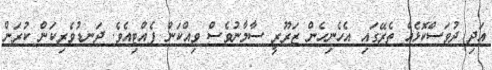
އަދި ދުވަސްކޮޅެއް ތެރޭގައި އެހެނިހެން ޒަރޫރީ ސާމާނުވެސް ވިއްކަން ފެއްޓިއެވެ. ދަނޑުވެރިކަން ކުރަން